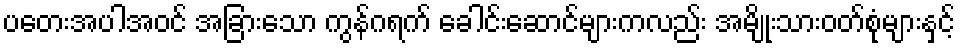
ပတေးအပါအဝင် အခြားသော ကွန်ဂရက် ခေါင်းဆောင်များကလည်း အမျိုးသားဝတ်စုံများနှင့်